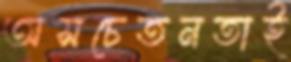
অসচেতনতাই